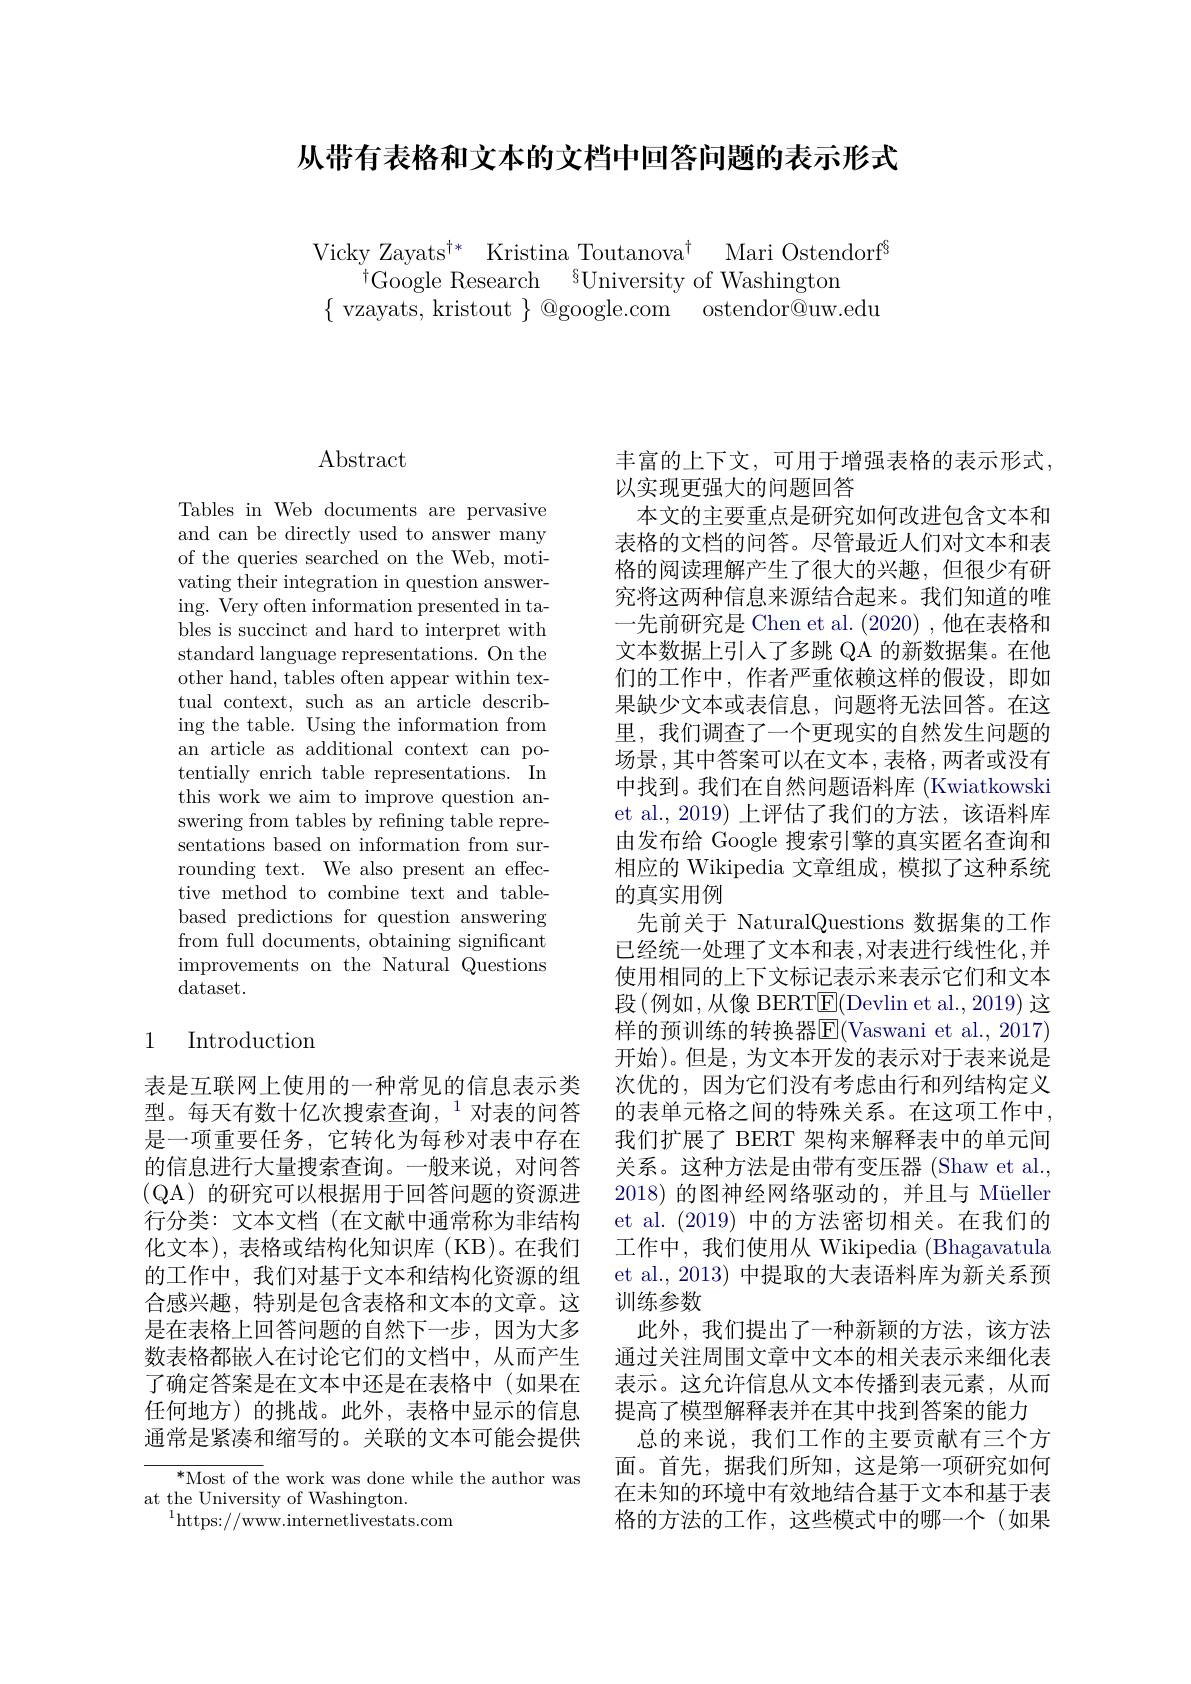
从带有表格和文本的文档中回答问题的表示形式

Vicky Zayats$^{\dagger * }$ Kristina Toutanova$^\dagger$ Mari Ostendorf$^{6}$
$^{\dagger}$Google Research$^{6}$University of Washington
$\{$vzayats, kristout$\}$@google.com ostendor@uw.edu

## $\operatorname{Abstract}$

Tables in Web documents are pervasive and can be directly used to answer many of the queries searched on the Web, motivating their integration in question answering. Very often information presented in tables is succinct and hard to interpret with standard language representations. On the other hand, tables often appear within textual context, such as an article describing the table. Using the information from an article as additional context can potentially enrich table representations. In this work we aim to improve question answering from tables by refining table representations based on information from surrounding text. We also present an effective method to combine text and tablebased predictions for question answering from full documents, obtaining significant improvements on the Natural Questions dataset.

## 1 Introduction

表是互联网上使用的一种常见的信息表示类型。每天有数十亿次搜索查询，$^{1}$对表的问答是一项重要任务，它转化为每秒对表中存在的信息进行大量搜索查询。一般来说，对问答(QA)的研究可以根据用于回答问题的资源进行分类：文本文档(在文献中通常称为非结构化文本),表格或结构化知识库(KB)。在我们的工作中，我们对基于文本和结构化资源的组合感兴趣，特别是包含表格和文本的文章。这是在表格上回答问题的自然下一步，因为大多数表格都嵌人在讨论它们的文档中，从而产生了确定答案是在文本中还是在表格中(如果在任何地方)的挑战。此外，表格中显示的信息通常是紧凑和缩写的。关联的文本可能会提供

${{^*}\mathrm{Most~of~t}}$he work was done while the author was
at the University of Washington.
$^{1}$https://www.internetlivestats.com

丰富的上下文，可用于增强表格的表示形式，
以实现更强大的问题回答
本文的主要重点是研究如何改进包含文本和表格的文档的问答。尽管最近人们对文本和表格的阅读理解产生了很大的兴趣，但很少有研究将这两种信息来源结合起来。我们知道的唯一先前研究是 Chen et al. (2020) ,他在表格和文本数据上引入了多跳 QA 的新数据集。在他们的工作中，作者严重依赖这样的假设，即如果缺少文本或表信息，问题将无法回答。在这里，我们调查了一个更现实的自然发生问题的场景，其中答案可以在文本，表格，两者或没有中找到。我们在自然问题语料库 (Kwiatkowski et al.,2019) 上评估了我们的方法，该语料库由发布给 Google 搜索引擎的真实匿名查询和相应的 Wikipedia 文章组成，模拟了这种系统的真实用例
先前关于 NaturalQuestions 数据集的工作已经统一处理了文本和表，对表进行线性化，并使用相同的上下文标记表示来表示它们和文本段$\left(\text{例如，从像 BERT}{\mathrm{E}}(\text{Devlin et al.,2019) 这}\right)$ 样的预训练的转换器$\overline{\mathbb{F}}($Vaswani et al., 2017) 开始)。但是，为文本开发的表示对于表来说是次优的，因为它们没有考虑由行和列结构定义的表单元格之间的特殊关系。在这项工作中， 我们扩展了 BERT 架构来解释表中的单元间关系。这种方法是由带有变压器 (Shaw et al., 2018) 的图神经网络驱动的，并且与 Müeller et al.(2019) 中的方法密切相关。在我们的工作中，我们使用从 Wikipedia (Bhagavatula et al., 2013) 中提取的大表语料库为新关系预训练参数
此外，我们提出了一种新颖的方法，该方法通过关注周围文章中文本的相关表示来细化表表示。这允许信息从文本传播到表元素，从而提高了模型解释表并在其中找到答案的能力
总的来说，我们工作的主要贡献有三个方面。首先，据我们所知，这是第一项研究如何在未知的环境中有效地结合基于文本和基于表格的方法的工作，这些模式中的哪一个(如果